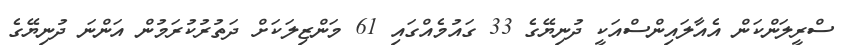
ސްރީލަންކަން އެއާލައިންސްއަކީ ދުނިޔޭގެ 33 ގައުމެއްގައި 61 މަންޒިލަކަށް ދަތުރުކުރަމުން އަންނަ ދުނިޔޭގެ